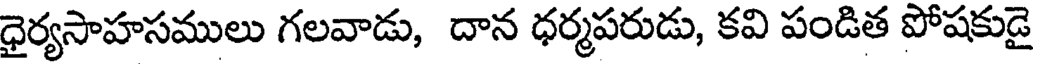
ధైర్యసాహసములు గలవాడు, దాన ధర్మపరుడు, కవి పండిత పోషకుడై